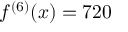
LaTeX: f ^ { ( 6 ) } ( x ) = 7 2 0